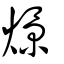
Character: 燝